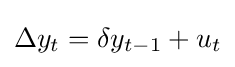
\Delta y_{t}=\delta y_{t-1}+u_{t}